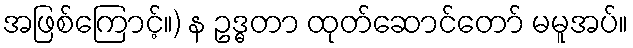
အဖြစ်ကြောင့်။) န ဥဒ္ဓတာ ထုတ်ဆောင်တော် မမူအပ်။